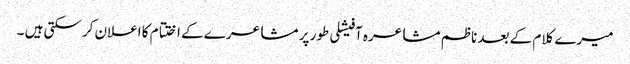
میرے کلام کے بعد ناظم مشاعرہ آفیشلی طور پر مشاعرے کے اختتام کا اعلان کرسکتی ہیں ۔